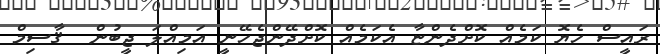
ރައީސް ހެޔޮ ކަމެއް ކޮށްދެންޏާ އެކަމެއް ކޮށްދޭންޖެހޭނީ އަމިއްލަ ޖީބުން  ޤާސިމް